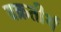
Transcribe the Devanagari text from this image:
वक्रतीर्थ